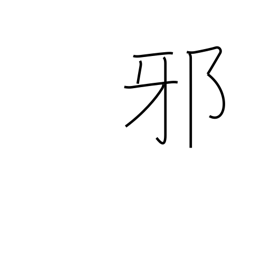
Meaning: injustice